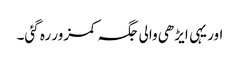
اور یہی ایڑھی والی جگہ کمزور رہ گئی۔